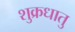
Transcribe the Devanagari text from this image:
शुक्रधातु